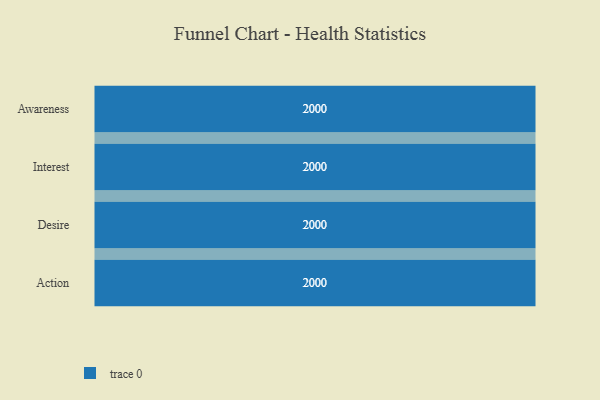
{"axis": {"x": "Stage", "y": "Value"}, "legend": [""], "data": [{"x": "Awareness", "y": 2000, "type": ""}, {"x": "Interest", "y": 2000, "type": ""}, {"x": "Desire", "y": 2000, "type": ""}, {"x": "Action", "y": 2000, "type": ""}]}